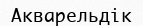
Акварельдік